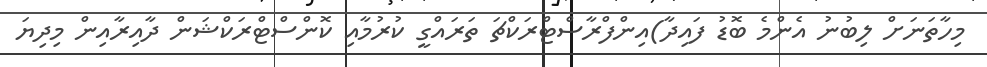
މިހާތަނަށް ލިބުނު އެންމެ ބޮޑު ފައިދާ)އިންފްރާސްޓްރަކްޗަ ތަރައްގީ ކުރުމާއި ކޮންސްޓްރަކްޝަން ދާއިރާއިން މިދިޔަ